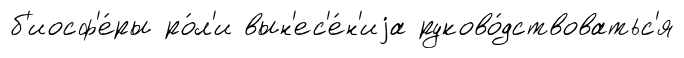
б'иосф'е́ры ро́л'и вын'ес'е́н'иjа руково́дствоватьс'я